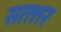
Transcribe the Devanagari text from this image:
सतत्तर